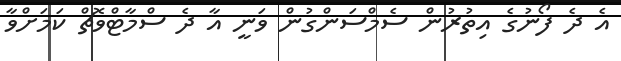
އެ ދެ ފޯނުގެ އިތުރުން ސެމްސަންގުން ވަނީ އާ ދެ ސްމާޓްވޮޗް ކަމަށްވާ